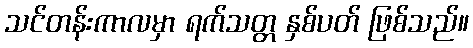
သင်တန်းကာလမှာ ရက်သတ္တ နှစ်ပတ် ဖြစ်သည်။